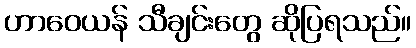
ဟာဝေယန် သီချင်းတွေ ဆိုပြရသည်။